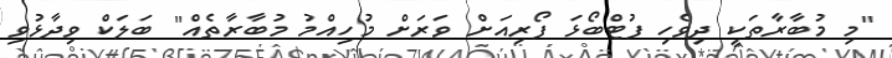
"މި މުބާރާތަކީ ދިވެހި ފުޓްބޯޅަ ފޯރިއަށް ވަރަށް މުހިއްމު މުބާރާތެއް" ބަލަކް ވިދާޅުވި